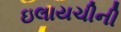
ઇલાયચીની